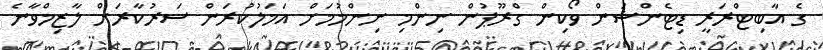
ގެ އާބިޓްރަރީ ޑިޓެންޝަން ވޯކިން ގްރޫޕުން ނިންމި ނިންމުމަށް އަމަލުކުރަން ސަރުކާރަށް ލާޒިމްވާނެ